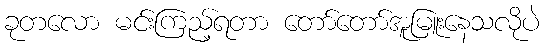
ခုတလော မင်းကြည့်ရတာ တော်တော်အူမြူးနေသလိုပဲ